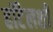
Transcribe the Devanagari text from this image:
हॉटेलशी